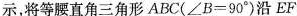
示，将等腰直角三角形ABC（\angleB = 90^{\circ})沿EF